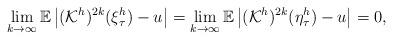
LaTeX: \begin{align*}\lim_{k\rightarrow\infty}\mathbb{E}\left|(\mathcal{K}^h)^{2k}(\xi_\tau^h)-u\right|=\lim_{k\rightarrow\infty}\mathbb{E}\left|(\mathcal{K}^h)^{2k}(\eta_\tau^h)-u\right|=0,\end{align*}